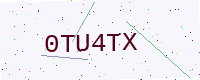
Text: 0TU4TX